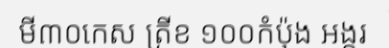
មី៣០កេស ត្រីខ ១០០កំប៉ុង អង្ករ